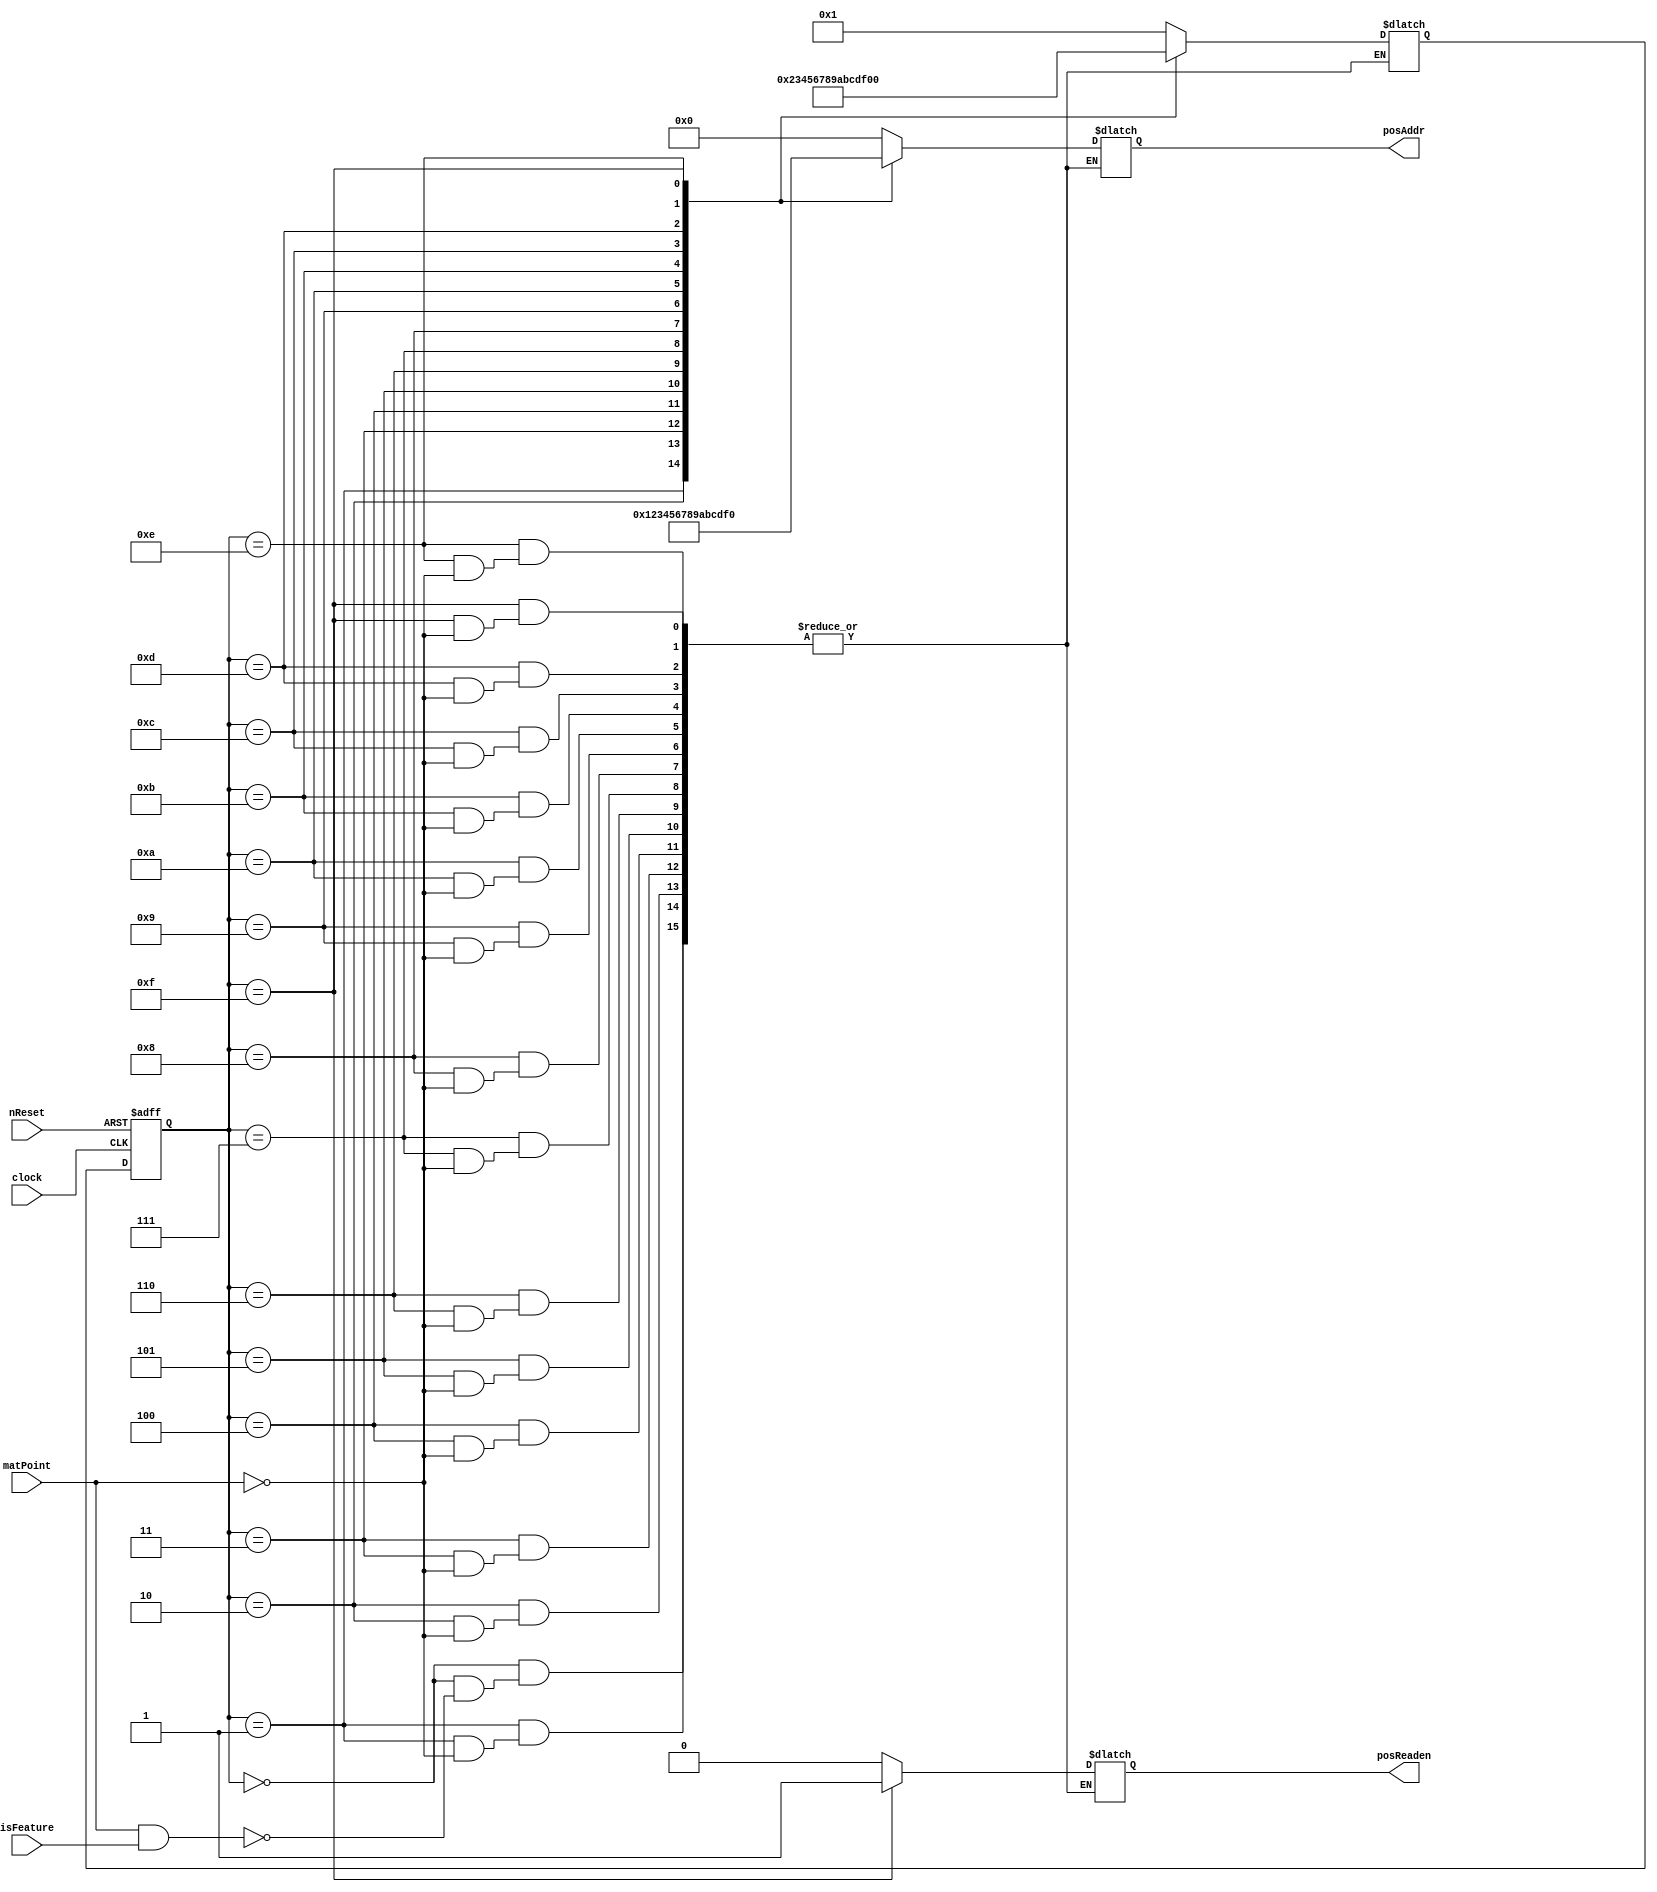
`define INIT 4'd0
`define S1 4'd1
`define S2 4'd2
`define S3 4'd3
`define S4 4'd4
`define S5 4'd5
`define S6 4'd6
`define S7 4'd7
`define S8 4'd8
`define S9 4'd9
`define S10 4'd10
`define S11 4'd11
`define S12 4'd12
`define S13 4'd13
`define S14 4'd14
`define S15 4'd15

module Mat_Counter (clock, nReset, matPoint, isFeature, posAddr, posReaden);
	input clock;
	input nReset;
	input matPoint; // Datapath   
	input [7:0] isFeature; //   
	output [3:0] posAddr; //  
	output posReaden; //  
	
	reg [3:0] posAddr;
	reg posReaden;
	reg [3:0] curState, nextState; //  
	
	// Clock      
	always @(posedge clock or negedge nReset) begin
		if (!nReset)
			curState <= `INIT;
		else
			curState <= nextState;
	end
	
	// FSM
	always @(curState or matPoint or isFeature) begin
		casex (curState)
			`INIT: begin
				if (matPoint && isFeature) begin
					nextState = `S1;
					posAddr = 4'd0;
					posReaden = 1'b0;
				end
			end
			
			`S1: begin
				if (matPoint) begin
					nextState = `S2;
					posAddr = 4'd1;
					posReaden = 1'b0;
				end
			end
			
			`S2: begin
				if (matPoint) begin
					nextState = `S3;
					posAddr = 4'd2;
					posReaden = 1'b0;
				end
			end
			
			`S3: begin
				if (matPoint) begin
					nextState = `S4;
					posAddr = 4'd3;
					posReaden = 1'b0;
				end
			end
			
			`S4: begin
				if (matPoint) begin
					nextState = `S5;
					posAddr = 4'd4;
					posReaden = 1'b0;
				end
			end
			
			`S5: begin
				if (matPoint) begin
					nextState = `S6;
					posAddr = 4'd5;
					posReaden = 1'b0;
				end
			end
			
			`S6: begin
				if (matPoint) begin
					nextState = `S7;
					posAddr = 4'd6;
					posReaden = 1'b0;
				end
			end
			
			`S7: begin
				if (matPoint) begin
					nextState = `S8;
					posAddr = 4'd7;
					posReaden = 1'b0;
				end
			end
			
			`S8: begin
				if (matPoint) begin
					nextState = `S9;
					posAddr = 4'd8;
					posReaden = 1'b0;
				end
			end
			
			`S9: begin
				if (matPoint) begin
					nextState = `S10;
					posAddr = 4'd9;
					posReaden = 1'b0;
				end
			end
			
			`S10: begin
				if (matPoint) begin
					nextState = `S11;
					posAddr = 4'd10;
					posReaden = 1'b0;
				end
			end
			
			`S11: begin
				if (matPoint) begin
					nextState = `S12;
					posAddr = 4'd11;
					posReaden = 1'b0;
				end
			end
			
			`S12: begin
				if (matPoint) begin
					nextState = `S13;
					posAddr = 4'd12;
					posReaden = 1'b0;
				end
			end
			
			`S13: begin
				if (matPoint) begin
					nextState = `S14;
					posAddr = 4'd13;
					posReaden = 1'b0;
				end
			end
			
			`S14: begin
				if (matPoint) begin
					nextState = `S15;
					posAddr = 4'd14;
					posReaden = 1'b0;
				end
			end
			
			`S15: begin
				if (matPoint) begin
					nextState = `INIT;
					posAddr = 4'd15;
					posReaden = 1'b1;
				end
			end
		endcase
	end
endmodule